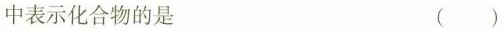
中表示化合物的是 ( )